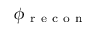
\phi _ { \mathrm { ~ r ~ e ~ c ~ o ~ n ~ } }